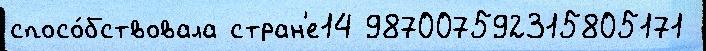
спосо́бствовала стран'е14 987007592315805171